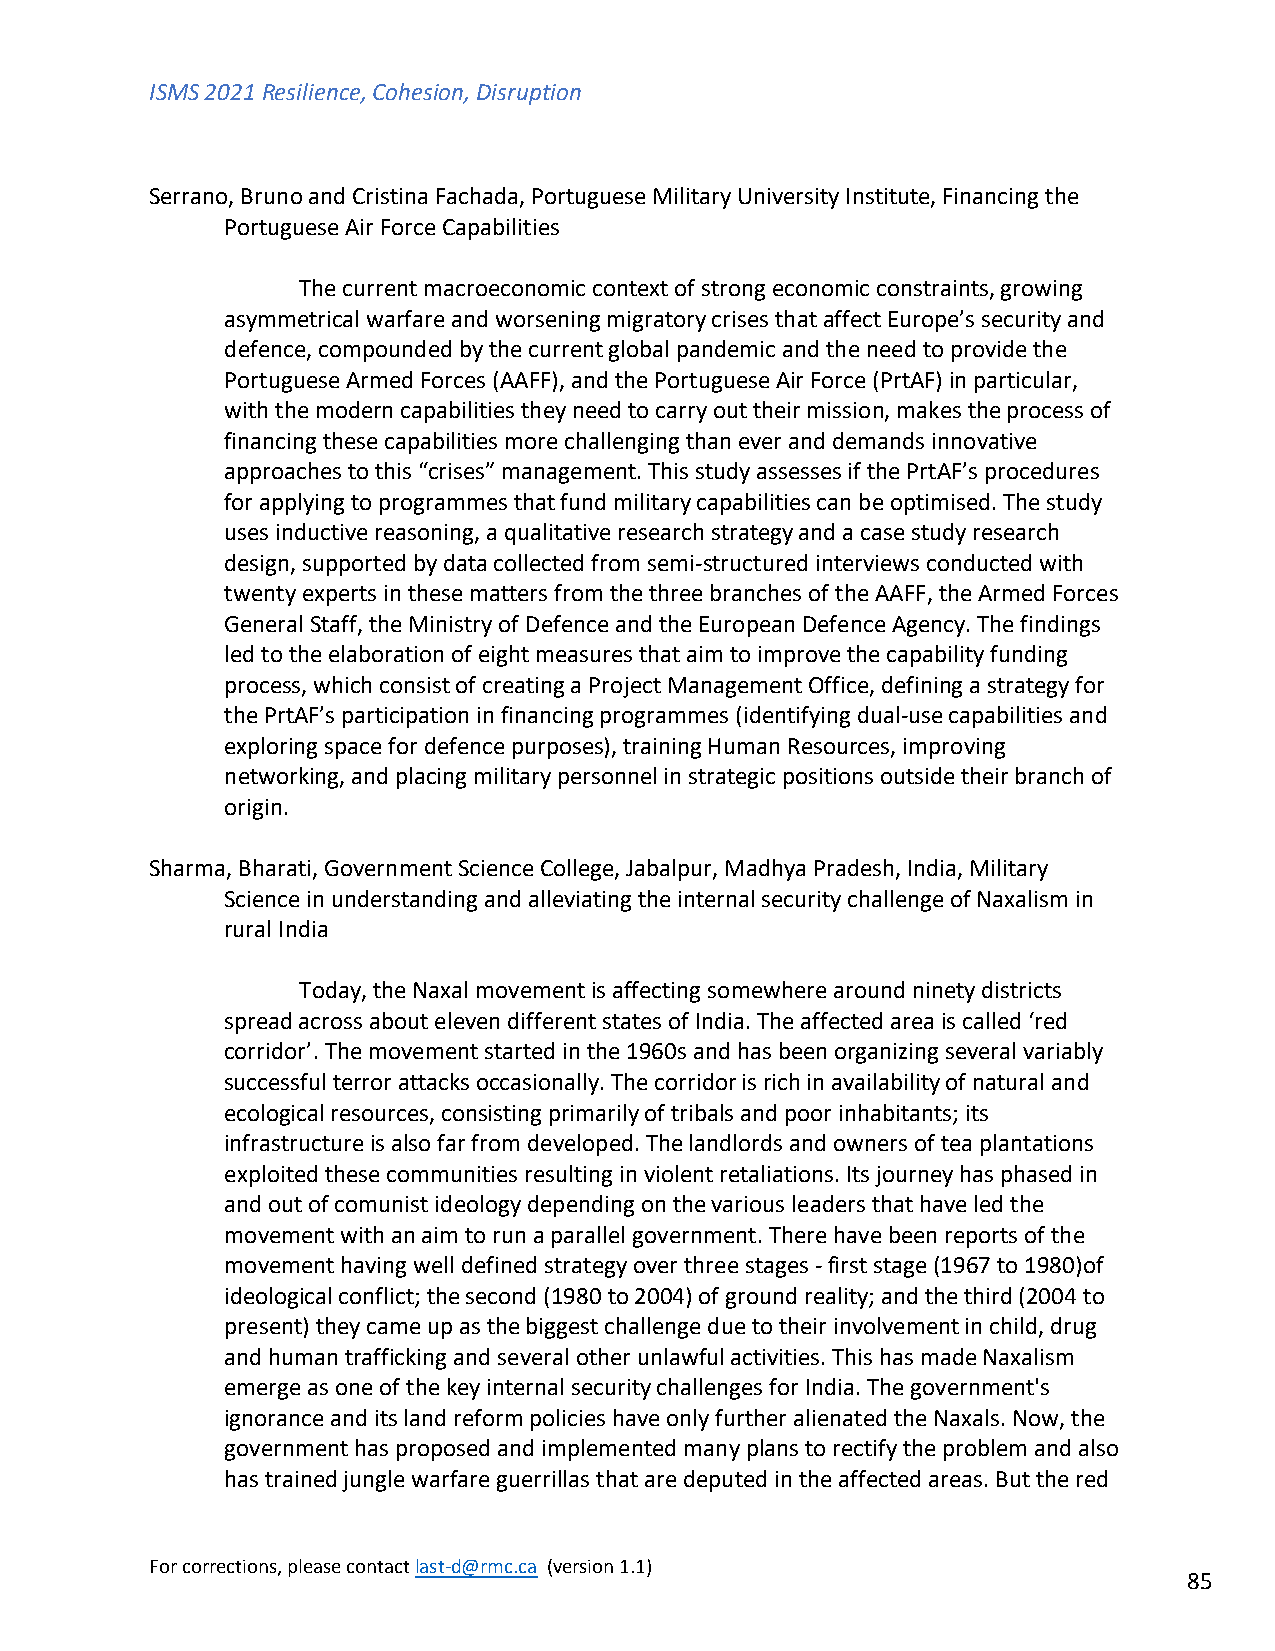
ISMS 2021 Resilience, Cohesion, Disruption
 Serrano, Bruno and Cristina Fachada, Portuguese Military University Institute, Financing the
 Portuguese Air Force Capabilities
 The current macroeconomic context of strong economic constraints, growing
 asymmetrical warfare and worsening migratory crises that affect Europe’s security and
 defence, compounded by the current global pandemic and the need to provide the
 Portuguese Armed Forces (AAFF), and the Portuguese Air Force (PrtAF) in particular,
 with the modern capabilities they need to carry out their mission, makes the process of
 financing these capabilities more challenging than ever and demands innovative
 approaches to this “crises” management. This study assesses if the PrtAF’s procedures
 for applying to programmes that fund military capabilities can be optimised. The study
 uses inductive reasoning, a qualitative research strategy and a case study research
 design, supported by data collected from semi-structured interviews conducted with
 twenty experts in these matters from the three branches of the AAFF, the Armed Forces
 General Staff, the Ministry of Defence and the European Defence Agency. The findings
 led to the elaboration of eight measures that aim to improve the capability funding
 process, which consist of creating a Project Management Office, defining a strategy for
 the PrtAF’s participation in financing programmes (identifying dual-use capabilities and
 exploring space for defence purposes), training Human Resources, improving
 networking, and placing military personnel in strategic positions outside their branch of
 origin.
 Sharma, Bharati, Government Science College, Jabalpur, Madhya Pradesh, India, Military
 Science in understanding and alleviating the internal security challenge of Naxalism in
 rural India
 Today, the Naxal movement is affecting somewhere around ninety districts
 spread across about eleven different states of India. The affected area is called ‘red
 corridor’. The movement started in the 1960s and has been organizing several variably
 successful terror attacks occasionally. The corridor is rich in availability of natural and
 ecological resources, consisting primarily of tribals and poor inhabitants; its
 infrastructure is also far from developed. The landlords and owners of tea plantations
 exploited these communities resulting in violent retaliations. Its journey has phased in
 and out of comunist ideology depending on the various leaders that have led the
 movement with an aim to run a parallel government. There have been reports of the
 movement having well defined strategy over three stages - first stage (1967 to 1980)of
 ideological conflict; the second (1980 to 2004) of ground reality; and the third (2004 to
 present) they came up as the biggest challenge due to their involvement in child, drug
 and human trafficking and several other unlawful activities. This has made Naxalism
 emerge as one of the key internal security challenges for India. The government's
 ignorance and its land reform policies have only further alienated the Naxals. Now, the
 government has proposed and implemented many plans to rectify the problem and also
 has trained jungle warfare guerrillas that are deputed in the affected areas. But the red
 For corrections, please contact last-d@rmc.ca (version 1.1)
 85